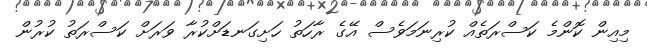
މިއިން ކޮންމެ ކަސްރަތެއް ކުރިނަމަވެސް އޭގެ ރާހަތު ހަށިގަނޑަށްކުރާ ވަރަށް ކަސްރަތު ކުރުން